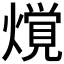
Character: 𰟢